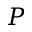
P